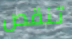
تنقص